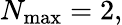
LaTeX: N_{\mathrm{max}}=2,